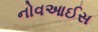
નોવઆઈસ